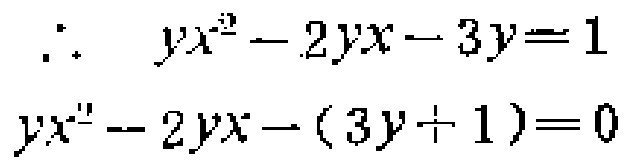
\[
\begin{align*}
\therefore\ yx^{2}-2yx - 3y&=1\\
yx^{2}-2yx-(3y + 1)&=0
\end{align*}
\]